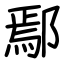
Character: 鄢